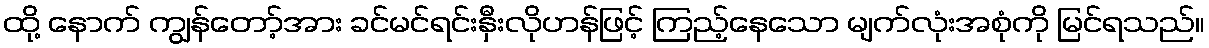
ထို့ နောက် ကျွန်တော့်အား ခင်မင်ရင်းနှီးလိုဟန်ဖြင့် ကြည့်နေသော မျက်လုံးအစုံကို မြင်ရသည်။